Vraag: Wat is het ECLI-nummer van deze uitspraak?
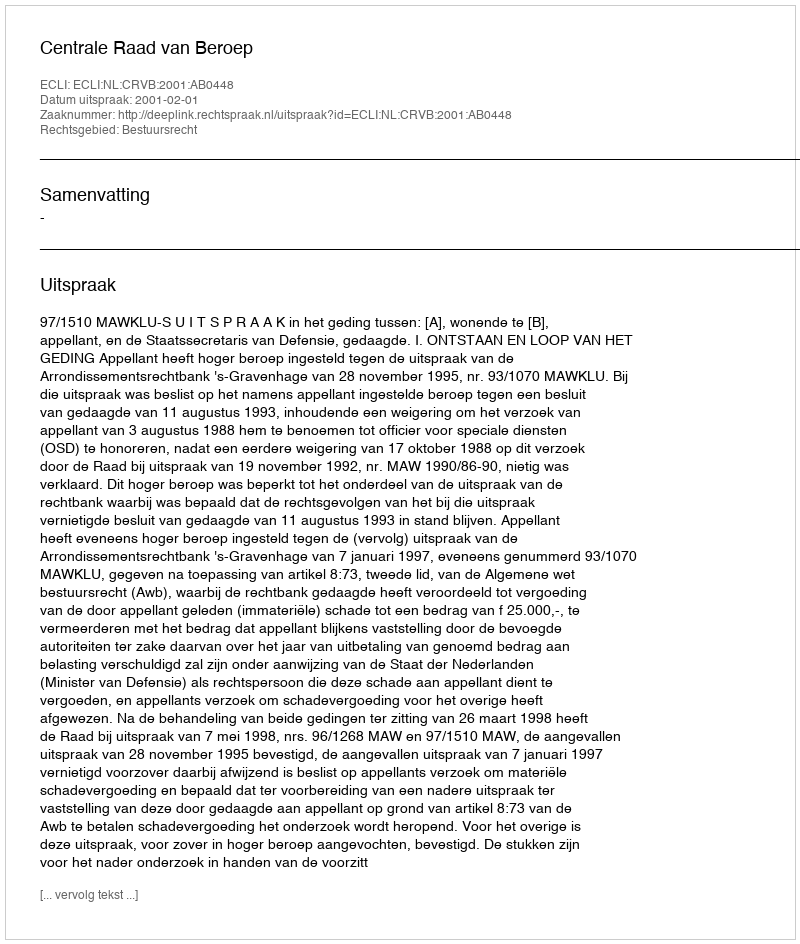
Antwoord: ECLI:NL:CRVB:2001:AB0448